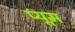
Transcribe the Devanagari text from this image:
प्यूम